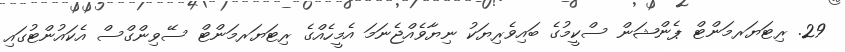
29. ރިޓަޔަރމަންޓް ޕެންޝަން ސްކީމުގެ ބައިވެރިޔަކު ނިޔާވެއްޖެނަމަ އެމީހެއްގެ ރިޓަޔަރމަންޓް ސޭވިންގްސް އެކައުންޓުގައި